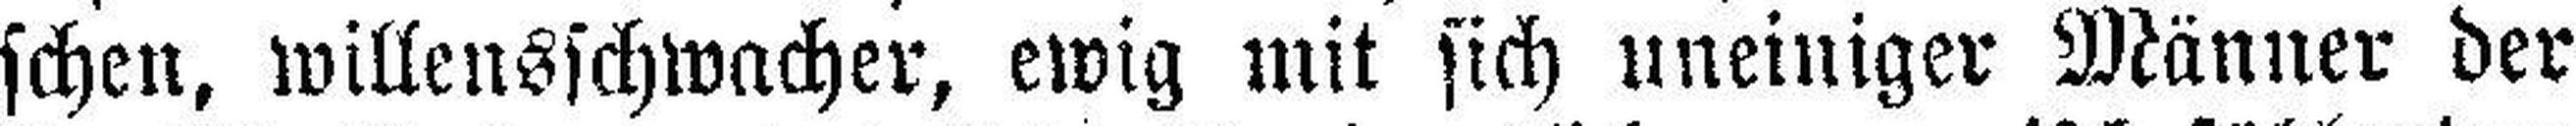
schen, willensschwacher, ewig mit sich uneiniger Männer der